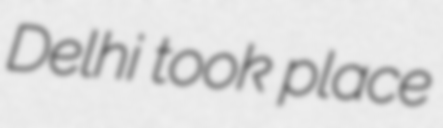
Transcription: Delhi took place